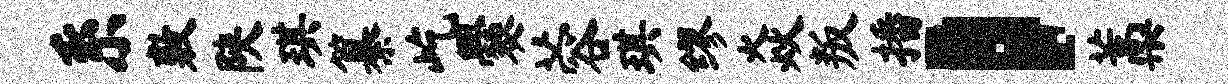
系敷陕琪纂屹爨蓉琪缪焱叛播，藁